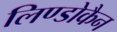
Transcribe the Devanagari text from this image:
लिण्डोकैन